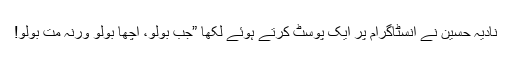
نادیہ حسین نے انسٹاگرام پر ایک پوسٹ کرتے ہوئے لکھا ”جب بولو، اچھا بولو ورنہ مت بولو!